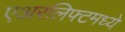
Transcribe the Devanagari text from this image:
एअरलिफ्टमध्ये